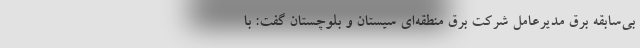
بی‌سابقه برق مدیرعامل شرکت برق منطقه‌ای سیستان و بلوچستان گفت: با